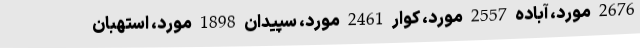
2676 مورد، آباده 2557 مورد، کوار 2461 مورد، سپیدان 1898 مورد، استهبان